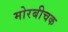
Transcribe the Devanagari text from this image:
मोरबीचक